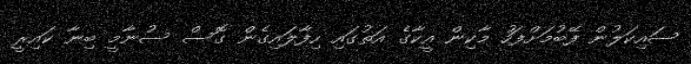
ސައިކަލުން ފޭބުމަށްފަހު މާކިން އީކާގެ އަތުގައި ހިފާލައިގެން ގޮސް ސުނާމީ ބިނާ ކައިރީ